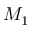
M _ { 1 }